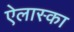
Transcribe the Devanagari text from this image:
ऐलास्का